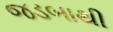
જડબાથી